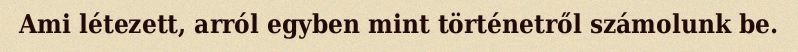
Ami létezett, arról egyben mint történetről számolunk be.